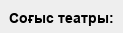
Соғыс театры: